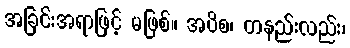
အခြင်းအရာဖြင့် မဖြစ်။ အပိစ၊ တနည်းလည်း၊